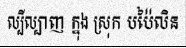
ល្បីល្បាញ ក្នុង ស្រុក បប៉ៃលិន